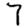
Digit: 7